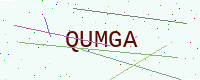
Text: QUMGA